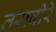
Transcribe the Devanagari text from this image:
तसवीरे